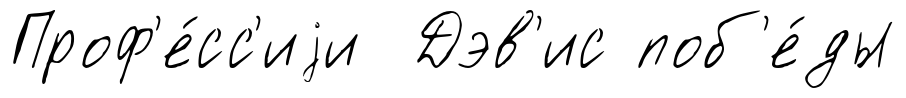
Проф'е́сс'иjи Дэв'ис поб'е́ды